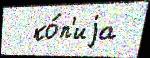
  ко́п'иjа